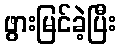
ဖွားမြင်ခဲ့ပြီး